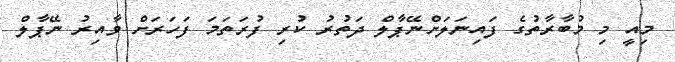
މިއީ މި މުބާރާތުގެ ފައިނަލަށްނޭޕާލް ދަތުރު ކުރި ފުރަތަމަ ފަހަރަށް ވާއިރު ނޭޕާލް